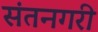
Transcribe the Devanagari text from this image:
संतनगरी